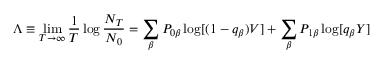
\Lambda \equiv \operatorname* { l i m } _ { T \to \infty } \frac { 1 } { T } \log \frac { N _ { T } } { N _ { 0 } } = \sum _ { \beta } P _ { 0 \beta } \log [ ( 1 - q _ { \beta } ) V ] + \sum _ { \beta } P _ { 1 \beta } \log [ q _ { \beta } Y ]